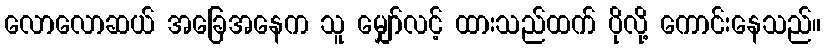
လောလောဆယ် အခြေအနေက သူ မျှော်လင့် ထားသည်ထက် ပိုလို့ ကောင်းနေသည်။